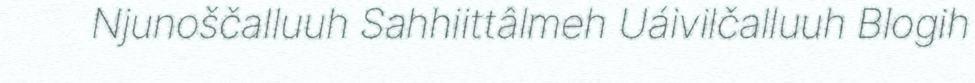
Njunoščalluuh Sahhiittâlmeh Uáivilčalluuh Blogih